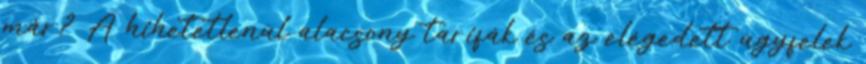
már? A hihetetlenül alacsony tarifák és az elégedett ügyfelek